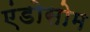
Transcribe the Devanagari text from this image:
एंडोसोम